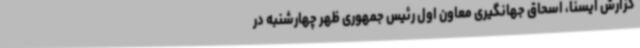
گزارش ایسنا، اسحاق جهانگیری معاون اول رئیس جمهوری ظهر چهارشنبه در